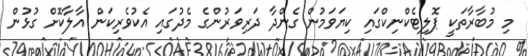
މި މުބާރާތަކީ ޕޮލިޓެކްނިކްގައި ކިޔަވަމުން ގެންދާ ދަރިވަރުންގެ މެދުގައި އެކުވެރިކަން އާލާކޮށް ގުޅުން